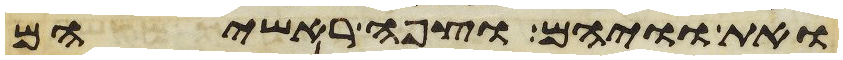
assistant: ואת וויהם וצפה ראשיהם